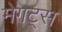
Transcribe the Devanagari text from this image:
मेगट्स